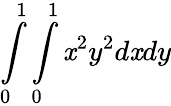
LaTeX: \int\limits_{0}^{1}\int\limits_{0}^{1}\mathit{x}^{2}y^{2}d\mathit{x}dy